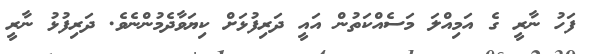
ފަހު ނާރީ ގެ އަމިއްލަ މަސެއްކަތުން އައީ ދަރިފުޅަށް ކިޔަވާދެމުންނެވެ. ދަރިފުޅު ނާރީ